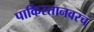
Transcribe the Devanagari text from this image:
पाकिस्तानवरच